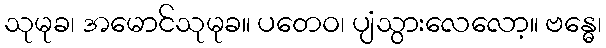
သုမုခ၊ အမောင်သုမုခ။ ပတေဝ၊ ပျံသွားလေလော့။ ဗန္ဓေ၊